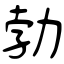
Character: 勃